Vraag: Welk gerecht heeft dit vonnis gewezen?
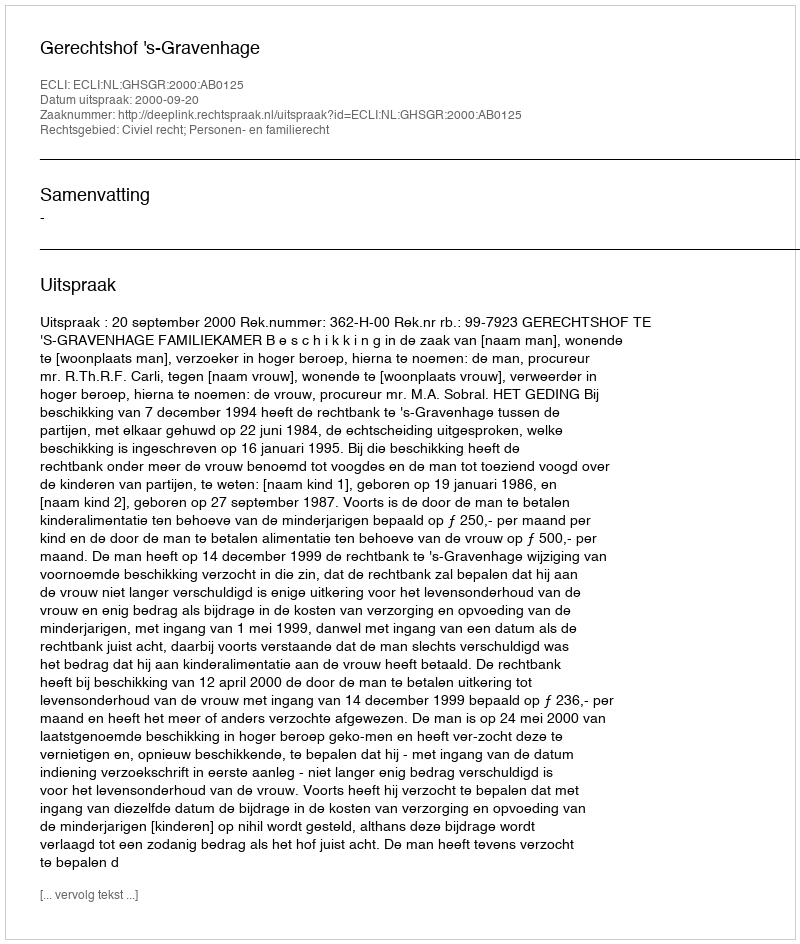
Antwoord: Gerechtshof 's-Gravenhage